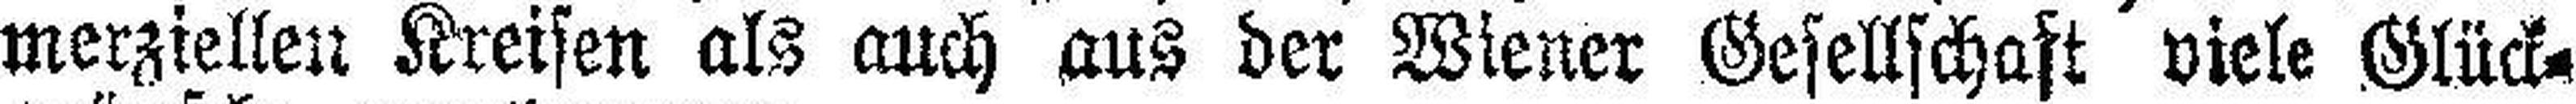
merziellen Kreisen als auch aus der Wiener Gesellschaft viele Glück¬